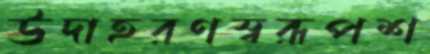
উদাহরণস্বরূপশ